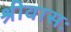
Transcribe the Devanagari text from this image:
श्रीवासः